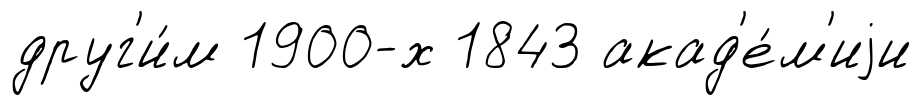
друг'и́м 1900-х 1843 акад'е́м'иjи